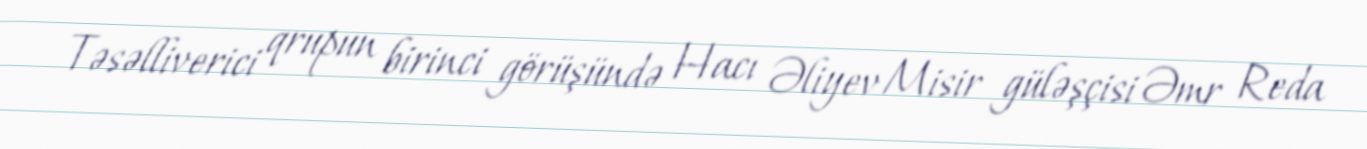
Təsəlliverici qrupun birinci görüşündə Hacı Əliyev Misir güləşçisi Əmr Reda